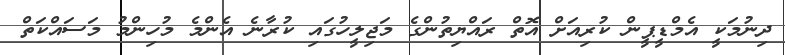
ދިނުމަކީ އެމްޑީޕީން ކުރިއަށް އޮތް ރައްޔިތުންގެ މަޖިލީހުގައި ކުރާނެ އެންމެ މުހިންމު މަސައްކަތް